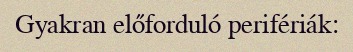
Gyakran előforduló perifériák: